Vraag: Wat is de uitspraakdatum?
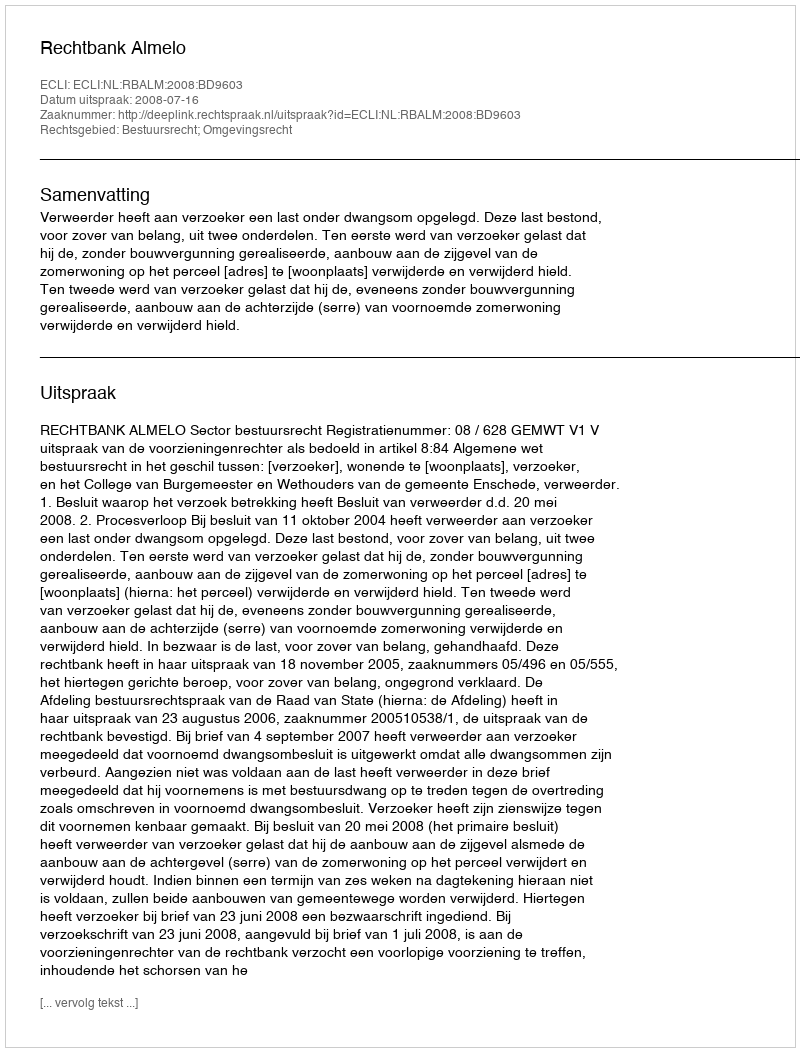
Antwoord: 2008-07-16